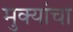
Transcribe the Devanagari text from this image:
मुक्यांचा